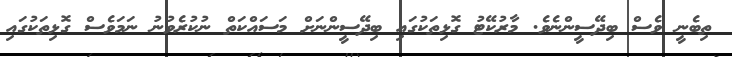
ތިބެނީ ވެސް ބިދޭސީންނެވެ. މާރުކޭޓު ގޮޅިތަކުގައި ބިދޭސީންނަށް މަސައްކަތް ނުކުރެވުނު ނަމަވެސް ގޮޅިތަކުގައި